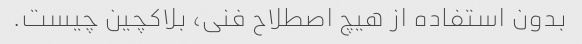
بدون استفاده از هیچ اصطلاح فنی، بلاکچین چیست.